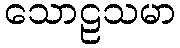
သောဠသမာ